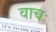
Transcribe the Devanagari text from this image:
वाचः